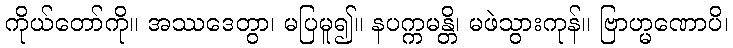
ကိုယ်တော်ကို။ အဿဒေတွာ၊ မပြမူ၍။ နပက္ကမန္တိ၊ မဖဲသွားကုန်။ ဗြာဟ္မဏောပိ၊